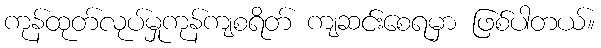
ကုန်ထုတ်လုပ်မှုကုန်ကျစရိတ် ကျဆင်းစေရမှာ ဖြစ်ပါတယ်။